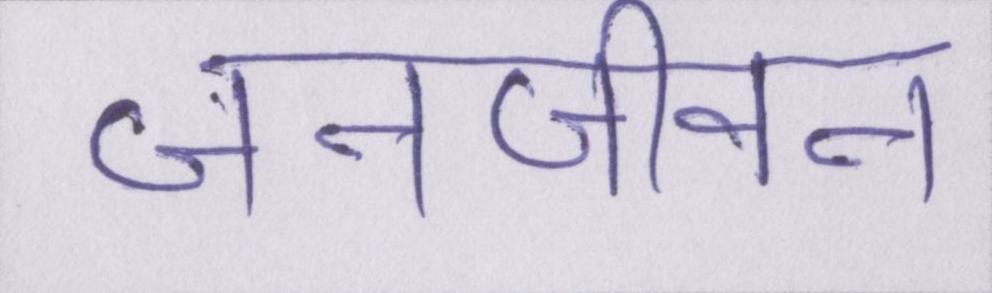
जनजीवन